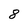
Character: 8